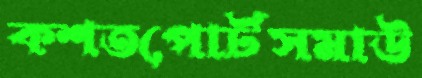
কশতপোর্টসমাউ